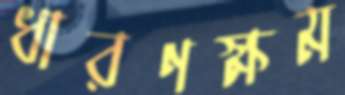
ধারণক্ষম